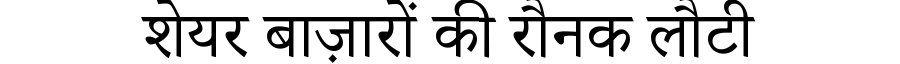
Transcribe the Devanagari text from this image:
शेयर बाज़ारों की रौनक लौटी